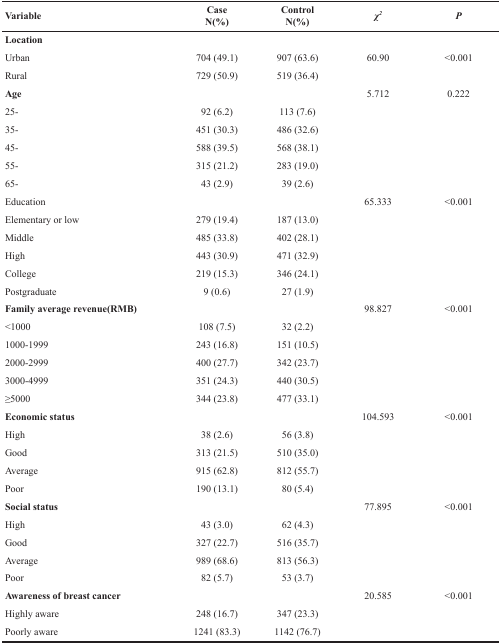
<table><thead><tr><td><b>Variable</b></td><td><b>CaseN(%)</b></td><td><b>ControlN(%)</b></td><td><b><i>χ</i><sup><i>2</i></sup></b></td><td><b><i>P</i></b></td></tr></thead><tbody><tr><td><b>Location</b></td><td></td><td></td><td></td><td></td></tr><tr><td>Urban</td><td>704 (49.1)</td><td>907 (63.6)</td><td>60.90</td><td>&lt;0.001</td></tr><tr><td>Rural</td><td>729 (50.9)</td><td>519 (36.4)</td><td></td><td></td></tr><tr><td><b>Age</b></td><td></td><td></td><td>5.712</td><td>0.222</td></tr><tr><td>25-</td><td>92 (6.2)</td><td>113 (7.6)</td><td></td><td></td></tr><tr><td>35-</td><td>451 (30.3)</td><td>486 (32.6)</td><td></td><td></td></tr><tr><td>45-</td><td>588 (39.5)</td><td>568 (38.1)</td><td></td><td></td></tr><tr><td>55-</td><td>315 (21.2)</td><td>283 (19.0)</td><td></td><td></td></tr><tr><td>65-</td><td>43 (2.9)</td><td>39 (2.6)</td><td></td><td></td></tr><tr><td>Education</td><td></td><td></td><td>65.333</td><td>&lt;0.001</td></tr><tr><td>Elementary or low</td><td>279 (19.4)</td><td>187 (13.0)</td><td></td><td></td></tr><tr><td>Middle</td><td>485 (33.8)</td><td>402 (28.1)</td><td></td><td></td></tr><tr><td>High</td><td>443 (30.9)</td><td>471 (32.9)</td><td></td><td></td></tr><tr><td>College</td><td>219 (15.3)</td><td>346 (24.1)</td><td></td><td></td></tr><tr><td>Postgraduate</td><td>9 (0.6)</td><td>27 (1.9)</td><td></td><td></td></tr><tr><td><b>Family average revenue(RMB)</b></td><td></td><td></td><td>98.827</td><td>&lt;0.001</td></tr><tr><td>&lt;1000</td><td>108 (7.5)</td><td>32 (2.2)</td><td></td><td></td></tr><tr><td>1000-1999</td><td>243 (16.8)</td><td>151 (10.5)</td><td></td><td></td></tr><tr><td>2000-2999</td><td>400 (27.7)</td><td>342 (23.7)</td><td></td><td></td></tr><tr><td>3000-4999</td><td>351 (24.3)</td><td>440 (30.5)</td><td></td><td></td></tr><tr><td>≥5000</td><td>344 (23.8)</td><td>477 (33.1)</td><td></td><td></td></tr><tr><td><b>Economic status</b></td><td></td><td></td><td>104.593</td><td>&lt;0.001</td></tr><tr><td>High</td><td>38 (2.6)</td><td>56 (3.8)</td><td></td><td></td></tr><tr><td>Good</td><td>313 (21.5)</td><td>510 (35.0)</td><td></td><td></td></tr><tr><td>Average</td><td>915 (62.8)</td><td>812 (55.7)</td><td></td><td></td></tr><tr><td>Poor</td><td>190 (13.1)</td><td>80 (5.4)</td><td></td><td></td></tr><tr><td><b>Social status</b></td><td></td><td></td><td>77.895</td><td>&lt;0.001</td></tr><tr><td>High</td><td>43 (3.0)</td><td>62 (4.3)</td><td></td><td></td></tr><tr><td>Good</td><td>327 (22.7)</td><td>516 (35.7)</td><td></td><td></td></tr><tr><td>Average</td><td>989 (68.6)</td><td>813 (56.3)</td><td></td><td></td></tr><tr><td>Poor</td><td>82 (5.7)</td><td>53 (3.7)</td><td></td><td></td></tr><tr><td><b>Awareness of breast cancer</b></td><td></td><td></td><td>20.585</td><td>&lt;0.001</td></tr><tr><td>Highly aware</td><td>248 (16.7)</td><td>347 (23.3)</td><td></td><td></td></tr><tr><td>Poorly aware</td><td>1241 (83.3)</td><td>1142 (76.7)</td><td></td><td></td></tr></tbody></table>